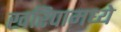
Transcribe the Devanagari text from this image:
खरिपामध्ये